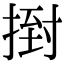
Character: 𢰙